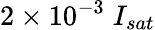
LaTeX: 2\times 10^{-3}\; I_{sat}